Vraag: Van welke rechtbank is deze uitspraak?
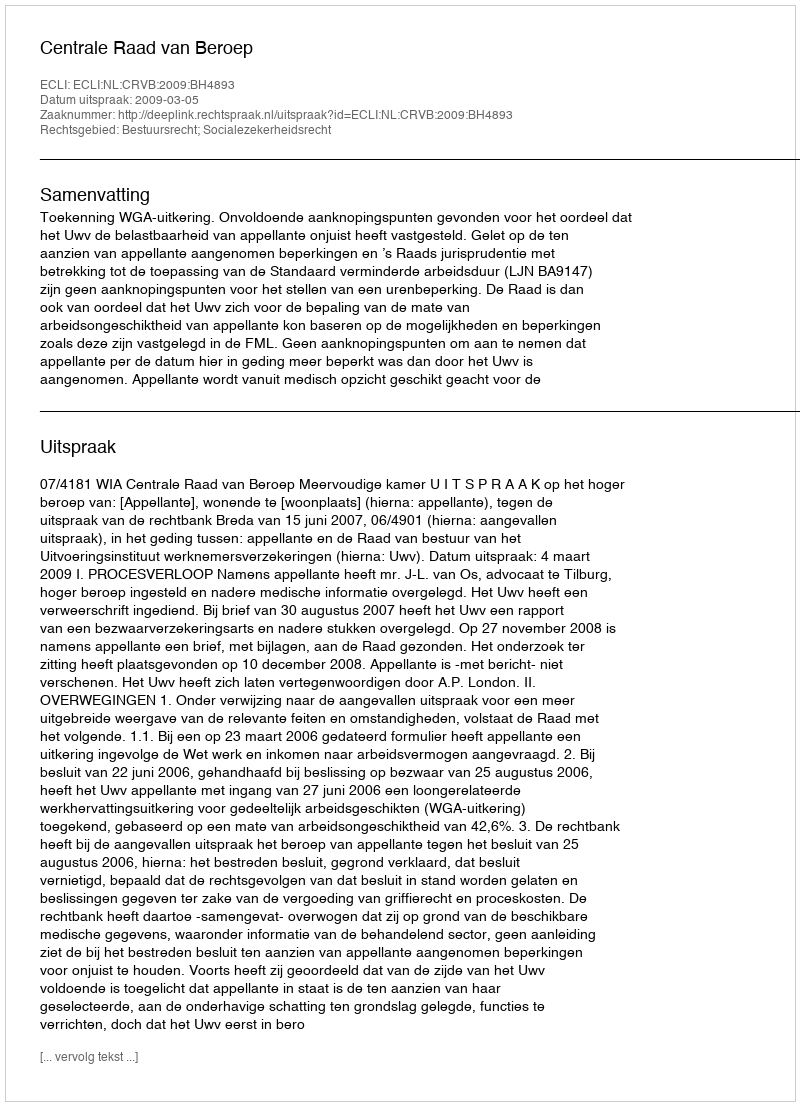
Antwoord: Centrale Raad van Beroep